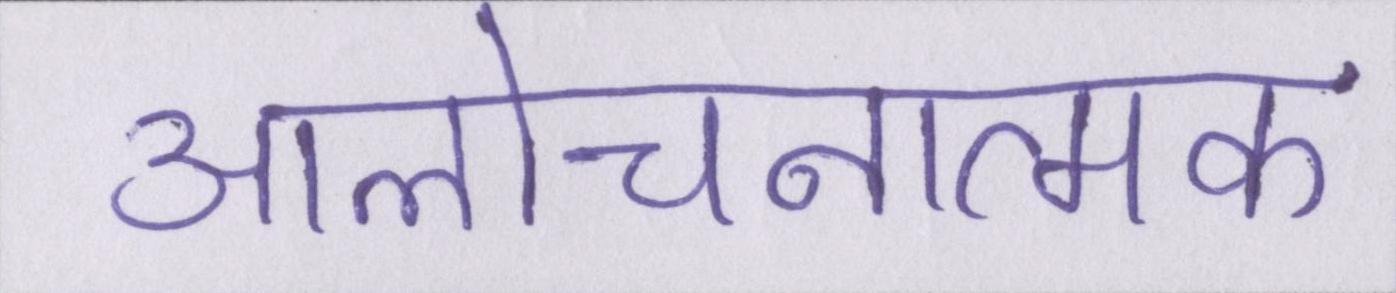
आलोचनात्मक